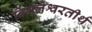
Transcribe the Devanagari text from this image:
विमलेश्वरतीर्थ